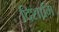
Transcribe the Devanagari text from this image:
दिशामि